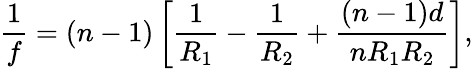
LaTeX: {\frac{1}{f}}=(n-1)\left[{\frac{1}{R_{1}}}-{\frac{1}{R_{2}}}+{\frac{(n-1)d}{nR_{1}R_{2}}}\right],